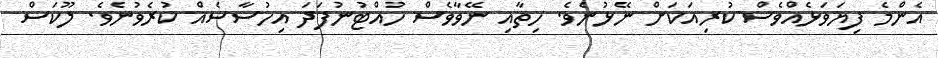
އެންމެ ފިޔަވަޅެއްވެސް ކުރިއަކަށް ނޭޅުނެވެ. ހިތާއި ނޭވާވެސް ހުއްޓުނުފަދަ އިހުސާސެއް ކުރެވުނެވެ. ލޫކަސް